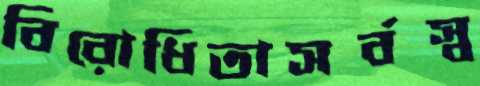
বিরোধিতাসর্বস্ব